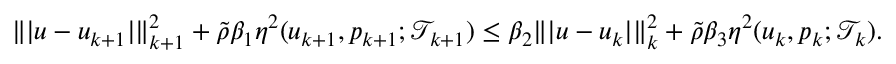
\| \vert \boldsymbol { u } - \boldsymbol { u } _ { k + 1 } \vert \| _ { k + 1 } ^ { 2 } + \widetilde { \rho } \beta _ { 1 } \eta ^ { 2 } ( \boldsymbol { u } _ { k + 1 } , \boldsymbol { p } _ { k + 1 } ; \mathcal { T } _ { k + 1 } ) \leq \beta _ { 2 } \| \vert \boldsymbol { u } - \boldsymbol { u } _ { k } \vert \| _ { k } ^ { 2 } + \widetilde { \rho } \beta _ { 3 } \eta ^ { 2 } ( \boldsymbol { u } _ { k } , \boldsymbol { p } _ { k } ; \mathcal { T } _ { k } ) .